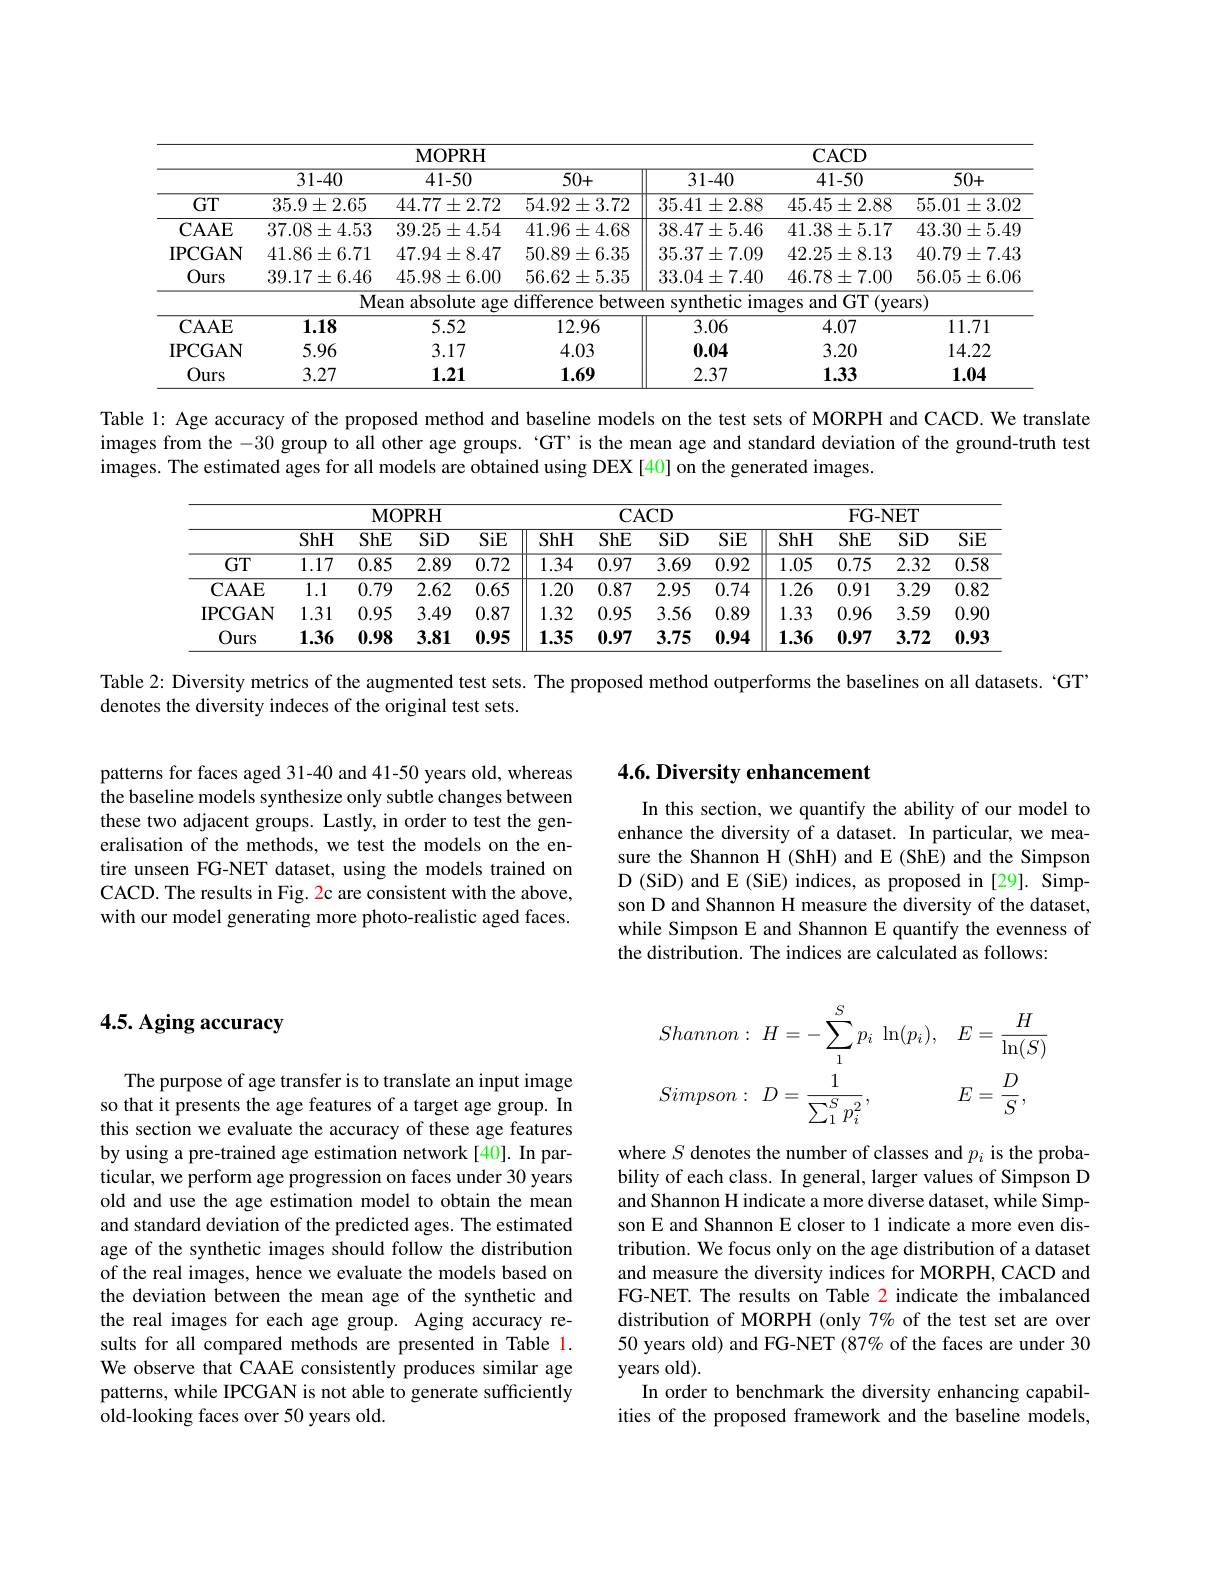
<table>
	<tbody>
		<tr>
			<th> </th>
			<th colspan="3">MOPRH</th>
			<th colspan="3">CACD</th>
		</tr>
		<tr>
			<th> </th>
			<th>31-40</th>
			<th>41-50</th>
			<th>$\overline{50+}$</th>
			<th>31-40</th>
			<th>41-50</th>
			<th>50+</th>
		</tr>
		<tr>
			<td>$GT$</td>
			<td>$35.9\pm2.65$</td>
			<td>$44.77\pm2.72$</td>
			<td>$54.92\pm3.72$</td>
			<td>$35.41\pm2.88$</td>
			<td>$45.45\pm2.88$</td>
			<td>$55.01\pm3.02$</td>
		</tr>
		<tr>
			<td>$\mathbf{CAAE}$</td>
			<td>$37.08\pm4.53$</td>
			<td>$39.25\pm4.54$</td>
			<td>$41.96\pm4.68$</td>
			<td>$38.47\pm5.46$</td>
			<td>$41.38\pm5.17$</td>
			<td>$43.30\pm5.49$</td>
		</tr>
		<tr>
			<td>IPCGAN</td>
			<td>$41.86\pm6.71$</td>
			<td>$47.94\pm8.47$</td>
			<td>$50.89\pm6.35$</td>
			<td>$35.37\pm7.09$</td>
			<td>$42.25\pm8.13$</td>
			<td>$40.79\pm7.43$</td>
		</tr>
		<tr>
			<td>Ours</td>
			<td>$39.17\pm6.46$</td>
			<td>$45.98\pm6.00$</td>
			<td>$56.62\pm5.35$</td>
			<td>$33.04\pm7.40$</td>
			<td>$46.78\pm7.00$</td>
			<td>$56.05\pm6.06$</td>
		</tr>
		<tr>
			<td> </td>
			<td>$Me$</td>
			<td>${\mathrm{absolute~age}}$ $\gimel an$</td>
			<td>difference $betw\epsilon$</td>
			<td>${\mathrm{en}}$ svnthetic ima</td>
			<td>$GT$ (yeε iges and</td>
			<td>$\operatorname{irs})$</td>
		</tr>
		<tr>
			<td>$\mathbf{CAAE}$</td>
			<td>1.18</td>
			<td>5.52</td>
			<td>12.96</td>
			<td>3.06</td>
			<td>4.07</td>
			<td>11.71</td>
		</tr>
		<tr>
			<td>IPCGAN</td>
			<td>5.96</td>
			<td>3.17</td>
			<td>4.03</td>
			<td>0.04</td>
			<td>3.20</td>
			<td>14.22</td>
		</tr>
		<tr>
			<td>Ours</td>
			<td>3.27</td>
			<td>1.21</td>
			<td>1.69</td>
			<td>2.37</td>
			<td>1.33</td>
			<td>1.04</td>
		</tr>
	</tbody>
</table>

Table 1: Age accuracy of the proposed method and baseline models on the test sets of MORPH and CACD. We translate images from the -30 group to all other age groups. 'GT' is the mean age and standard deviation of the ground-truth test images. The estimated ages for all models are obtained using DEX [40] on the generated images.

<table>
	<tbody>
		<tr>
			<th> </th>
			<th colspan="4">MOPRH</th>
			<th colspan="4">CACD</th>
			<th> </th>
			<th colspan="3">FG- NET</th>
		</tr>
		<tr>
			<th> </th>
			<th>ShH</th>
			<th>ShE</th>
			<th>$\overline{\mathrm{SiD}}$</th>
			<th>SiE</th>
			<th>ShH</th>
			<th>ShE</th>
			<th>SiD</th>
			<th>SiE</th>
			<th>ShH</th>
			<th>ShE</th>
			<th>SiD</th>
			<th>SiE</th>
		</tr>
		<tr>
			<td>$GT$</td>
			<td>$\overline{1.17}$</td>
			<td>0.85</td>
			<td>$\overline{2.89}$</td>
			<td>0.72</td>
			<td>1.34</td>
			<td>$\overline{0.97}$</td>
			<td>$\overline{3.69}$</td>
			<td>$\overline{0.92}$</td>
			<td>$\overline{1.05}$</td>
			<td>0.75</td>
			<td>2.32</td>
			<td>$\overline{0.58}$</td>
		</tr>
		<tr>
			<td>$\mathbf{CAAE}$</td>
			<td>$\overline{1.1}$</td>
			<td>0.79</td>
			<td>2.62</td>
			<td>0.65</td>
			<td>1.20</td>
			<td>0.87</td>
			<td>2.95</td>
			<td>0.74</td>
			<td>$\overline{1.26}$</td>
			<td>0.91</td>
			<td>3.29</td>
			<td>0.82</td>
		</tr>
		<tr>
			<td>IPCGAN</td>
			<td>1.31</td>
			<td>0.95</td>
			<td>3.49</td>
			<td>0.87</td>
			<td>1.32</td>
			<td>0.95</td>
			<td>3.56</td>
			<td>0.89</td>
			<td>1.33</td>
			<td>0.96</td>
			<td>3.59</td>
			<td>0.90</td>
		</tr>
		<tr>
			<td>Ours</td>
			<td>1.36</td>
			<td>0.98</td>
			<td>3.81</td>
			<td>0.95</td>
			<td>1.35</td>
			<td>0.97</td>
			<td>3.75</td>
			<td>0.94</td>
			<td>1.36</td>
			<td>0.97</td>
			<td>3.72</td>
			<td>0.93</td>
		</tr>
	</tbody>
</table>

Table 2: Diversity metrics of the augmented test sets. The proposed method outperforms the baselines on all datasets. `GT"

denotes the diversity indeces of the original test sets.

patterns for faces aged 31-40 and 41-50 years old, whereas the baseline models synthesize only subtle changes between these two adjacent groups. Lastly, in order to test the generalisation of the methods, we test the models on the entire unseen FG-NET dataset, using the models trained on CACD. The results in Fig. 2c are consistent with the above, with our model generating more photo-realistic aged faces.

# 4.5. Aging accuracy

The purpose of age transfer is to translate an input image so that it presents the age features of a target age group. In this section we evaluate the accuracy of these age features by using a pre-trained age estimation network[40]. In particular, we perform age progression on faces under 30 years old and use the age estimation model to obtain the mean and standard deviation of the predicted ages. The estimated age of the synthetic images should follow the distribution of the real images, hence we evaluate the models based on the deviation between the mean age of the synthetic and the real images for each age group. Aging accuracy results for all compared methods are presented in Table 1. We observe that CAAE consistently produces similar age patterns, while IPCGAN is not able to generate sufficiently old-looking faces over 50 years old.

## $4. 6. \textbf{ Diversity enhancement}$

In this section, we quantify the ability of our model to enhance the diversity of a dataset. In particular, we measure the Shannon H (ShH) and E (ShE) and the Simpson D (SiD) and E (SiE) indices, as proposed in[29]. Simpson D and Shannon H measure the diversity of the dataset, while Simpson E and Shannon E quantify the evenness of the distribution. The indices are calculated as follows:
$$Shannon:\:H=-\sum_{1}^{S}p_{i}\:\ln(p_{i}),\:E=\frac{H}{\ln(S)}\\Simpson:\:D=\frac{1}{\sum_{1}^{S}p_{i}^{2}},E=\frac{D}{S},$$
where $S$ denotes the number of classes and $p_i$ is the probability of each class. In general, larger values of Simpson D and Shannon H indicate a more diverse dataset, while Simpson E and Shannon E closer to 1 indicate a more even distribution. We focus only on the age distribution of a dataset and measure the diversity indices for MORPH, CACD and FG-NET. The results on Table 2 indicate the imbalanced distribution of MORPH (only 7% of the test set are over 50 years old) and FG-NET (87% of the faces are under 30 years old).
In order to benchmark the diversity enhancing capabilities of the proposed framework and the baseline models,